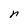
Character: r